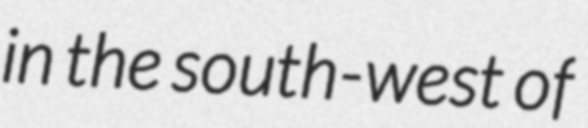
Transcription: in the south-west of